画像に写った文字を読んでください
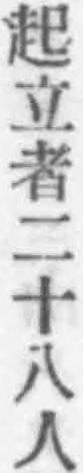
「起立者二十八人」と書いてあります